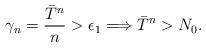
LaTeX: \begin{align*}\gamma_n = \frac{\bar T^n}{n} > \epsilon_1\Longrightarrow \bar T^n > N_0.\end{align*}